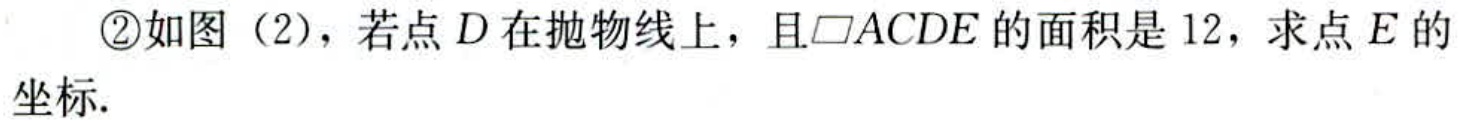
\textcircled{2}如图（2），若点\(D\)在抛物线上，且\(\parallelogram ACDE\)的面积是\(12\)，求点\(E\)的坐标.